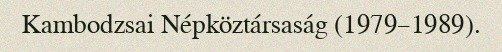
Kambodzsai Népköztársaság (1979–1989).